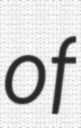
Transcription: of